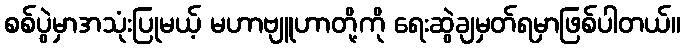
စစ်ပွဲမှာအသုံးပြုမယ့် မဟာဗျူဟာတို့ကို ရေးဆွဲချမှတ်ရမှာဖြစ်ပါတယ်။